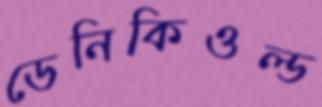
ডেনিকিওল্ড